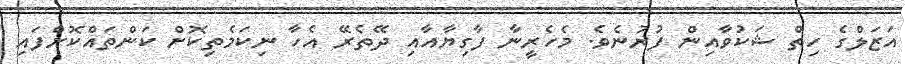
އަޒަލްގެ ހިތް ޝަކުވާއިން ފުރުނެވެ. މެހެރީނާ ފާގިޔާއާއި ދޭތެރޭ އެހާ ނިކަމެތިކޮށް ކަންތައްކޮށްފައި